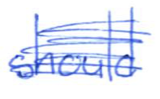
Text: should
Cross-out: scratch
Writing tool: ballpoint